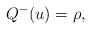
LaTeX: \begin{align*}Q^-(u)= \rho,\end{align*}